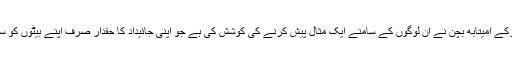
لیکن ایسا کرکے امیتابھ بچن نے ان لوگوں کے سامنے ایک مثال پیش کرنے کی کوشش کی ہے جو اپنی جائیداد کا حقدار صرف اپنے بیٹوں کو سمجھتے ہیں۔